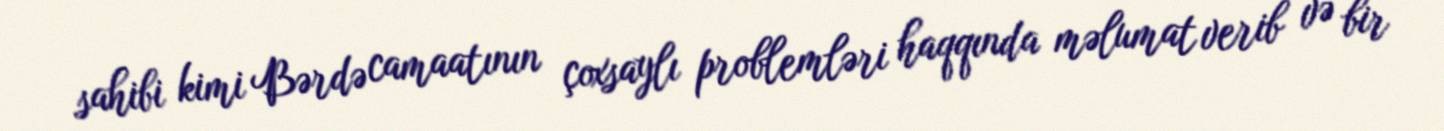
sahibi kimi Bərdə camaatının çoxsaylı problemləri haqqında məlumat verib və bir